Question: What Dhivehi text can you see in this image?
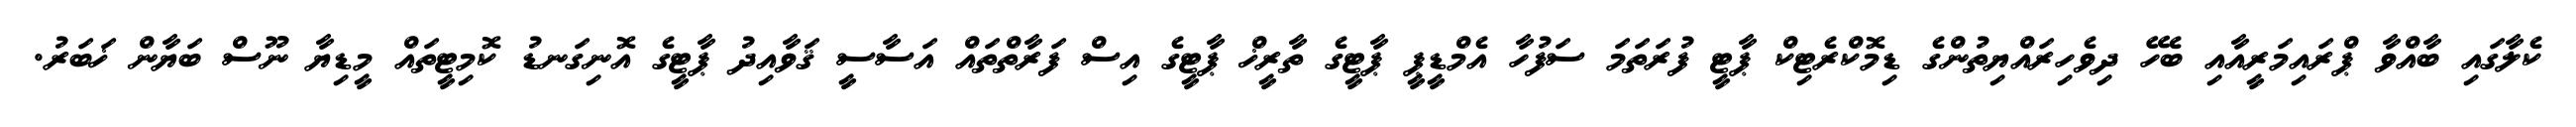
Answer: ކެލާގައި ބާއްވާ ޕްރައިމަރީއާއި ބެހޭ ދިވެހިރައްޔިތުންގެ ޑިމޮކްރެޓިކް ޕާޓީ ފުރަތަމަ ސަފުހާ އެމްޑީޕީ ޕާޓީގެ ތާރީޚް ޕާޓީގެ އިސް ފަރާތްތައް އަސާސީ ޤަވާއިދު ޕާޓީގެ އޮނިގަނޑު ކޮމިޓީތައް މީޑިޔާ ނޫސް ބަޔާން ޚަބަރު.